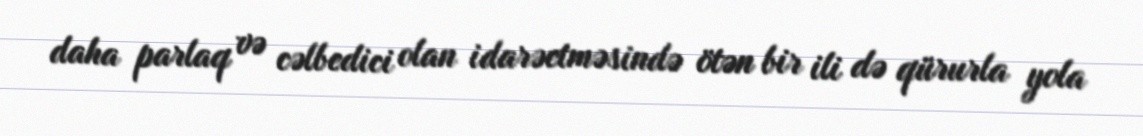
daha parlaq və cəlbedici olan idarəetməsində ötən bir ili də qürurla yola